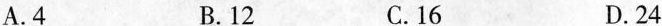
A.4 B.12 C.16 D.24